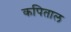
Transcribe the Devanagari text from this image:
कपिताल